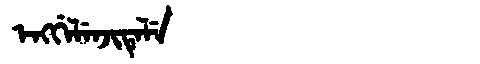
Manchu: ᡝᠩᡤᡝᠯᡝᠨᠵᡳᡨᡝᠯᡝ
Romanization: ENGGELENJITELE